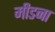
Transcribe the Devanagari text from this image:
मीडना